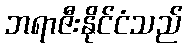
ဘရာဇီးနိုင်ငံသည်